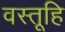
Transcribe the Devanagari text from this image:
वस्तूहि